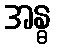
အန္ဓ